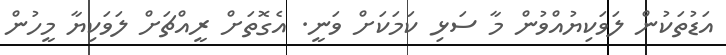
އަޑުތަކުން ލަވަކިޔުއްވުން މާ ސަޅި ކަމަކަށް ވަނީ. އެގޮތަށް ރީއްޗަށް ލަވަކިޔާ މީހުން